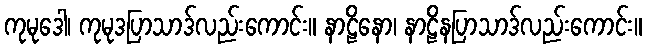
ကုမုဒေါ၊ ကုမုဒပြာသာဒ်လည်းကောင်း။ နာဠိနော၊ နာဠိနပြာသာဒ်လည်းကောင်း။